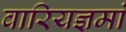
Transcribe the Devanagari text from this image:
वारियज्ञमां